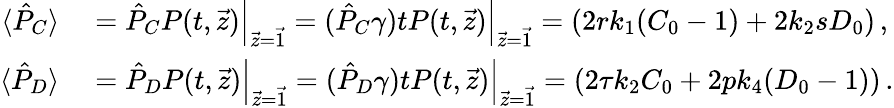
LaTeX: \begin{array}{rl}{\langle\hat{P}_{C}\rangle}&{{}=\left.\hat{P}_{C}P(t,\vec{z})\right|_{\vec{z}=\vec{1}}=\left.(\hat{P}_{C}\gamma)tP(t,\vec{z})\right|_{\vec{z}=\vec{1}}=\left(2rk_{1}(C_{0}-1)+2k_{2}sD_{0}\right)\, ,}\\ {\langle\hat{P}_{D}\rangle}&{{}=\left.\hat{P}_{D}P(t,\vec{z})\right|_{\vec{z}=\vec{1}}=\left.(\hat{P}_{D}\gamma)tP(t,\vec{z})\right|_{\vec{z}=\vec{1}}=\left(2\tau k_{2}C_{0}+2pk_{4}(D_{0}-1)\right)\, .}\end{array}